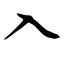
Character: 入